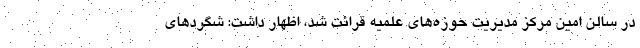
در سالن امین مرکز مدیریت حوزه‌های علمیه قرائت شد، اظهار داشت: شگردهای